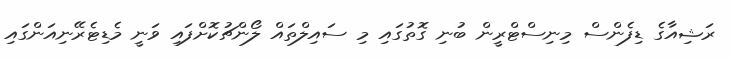
ރަޝިއާގެ ޑިފެންސް މިނިސްޓްރީން ބުނި ގޮތުގައި މި ސައިލްތައް ލޯންޗުކޮށްފައި ވަނީ މެޑިޓެރޭނިއަންގައި